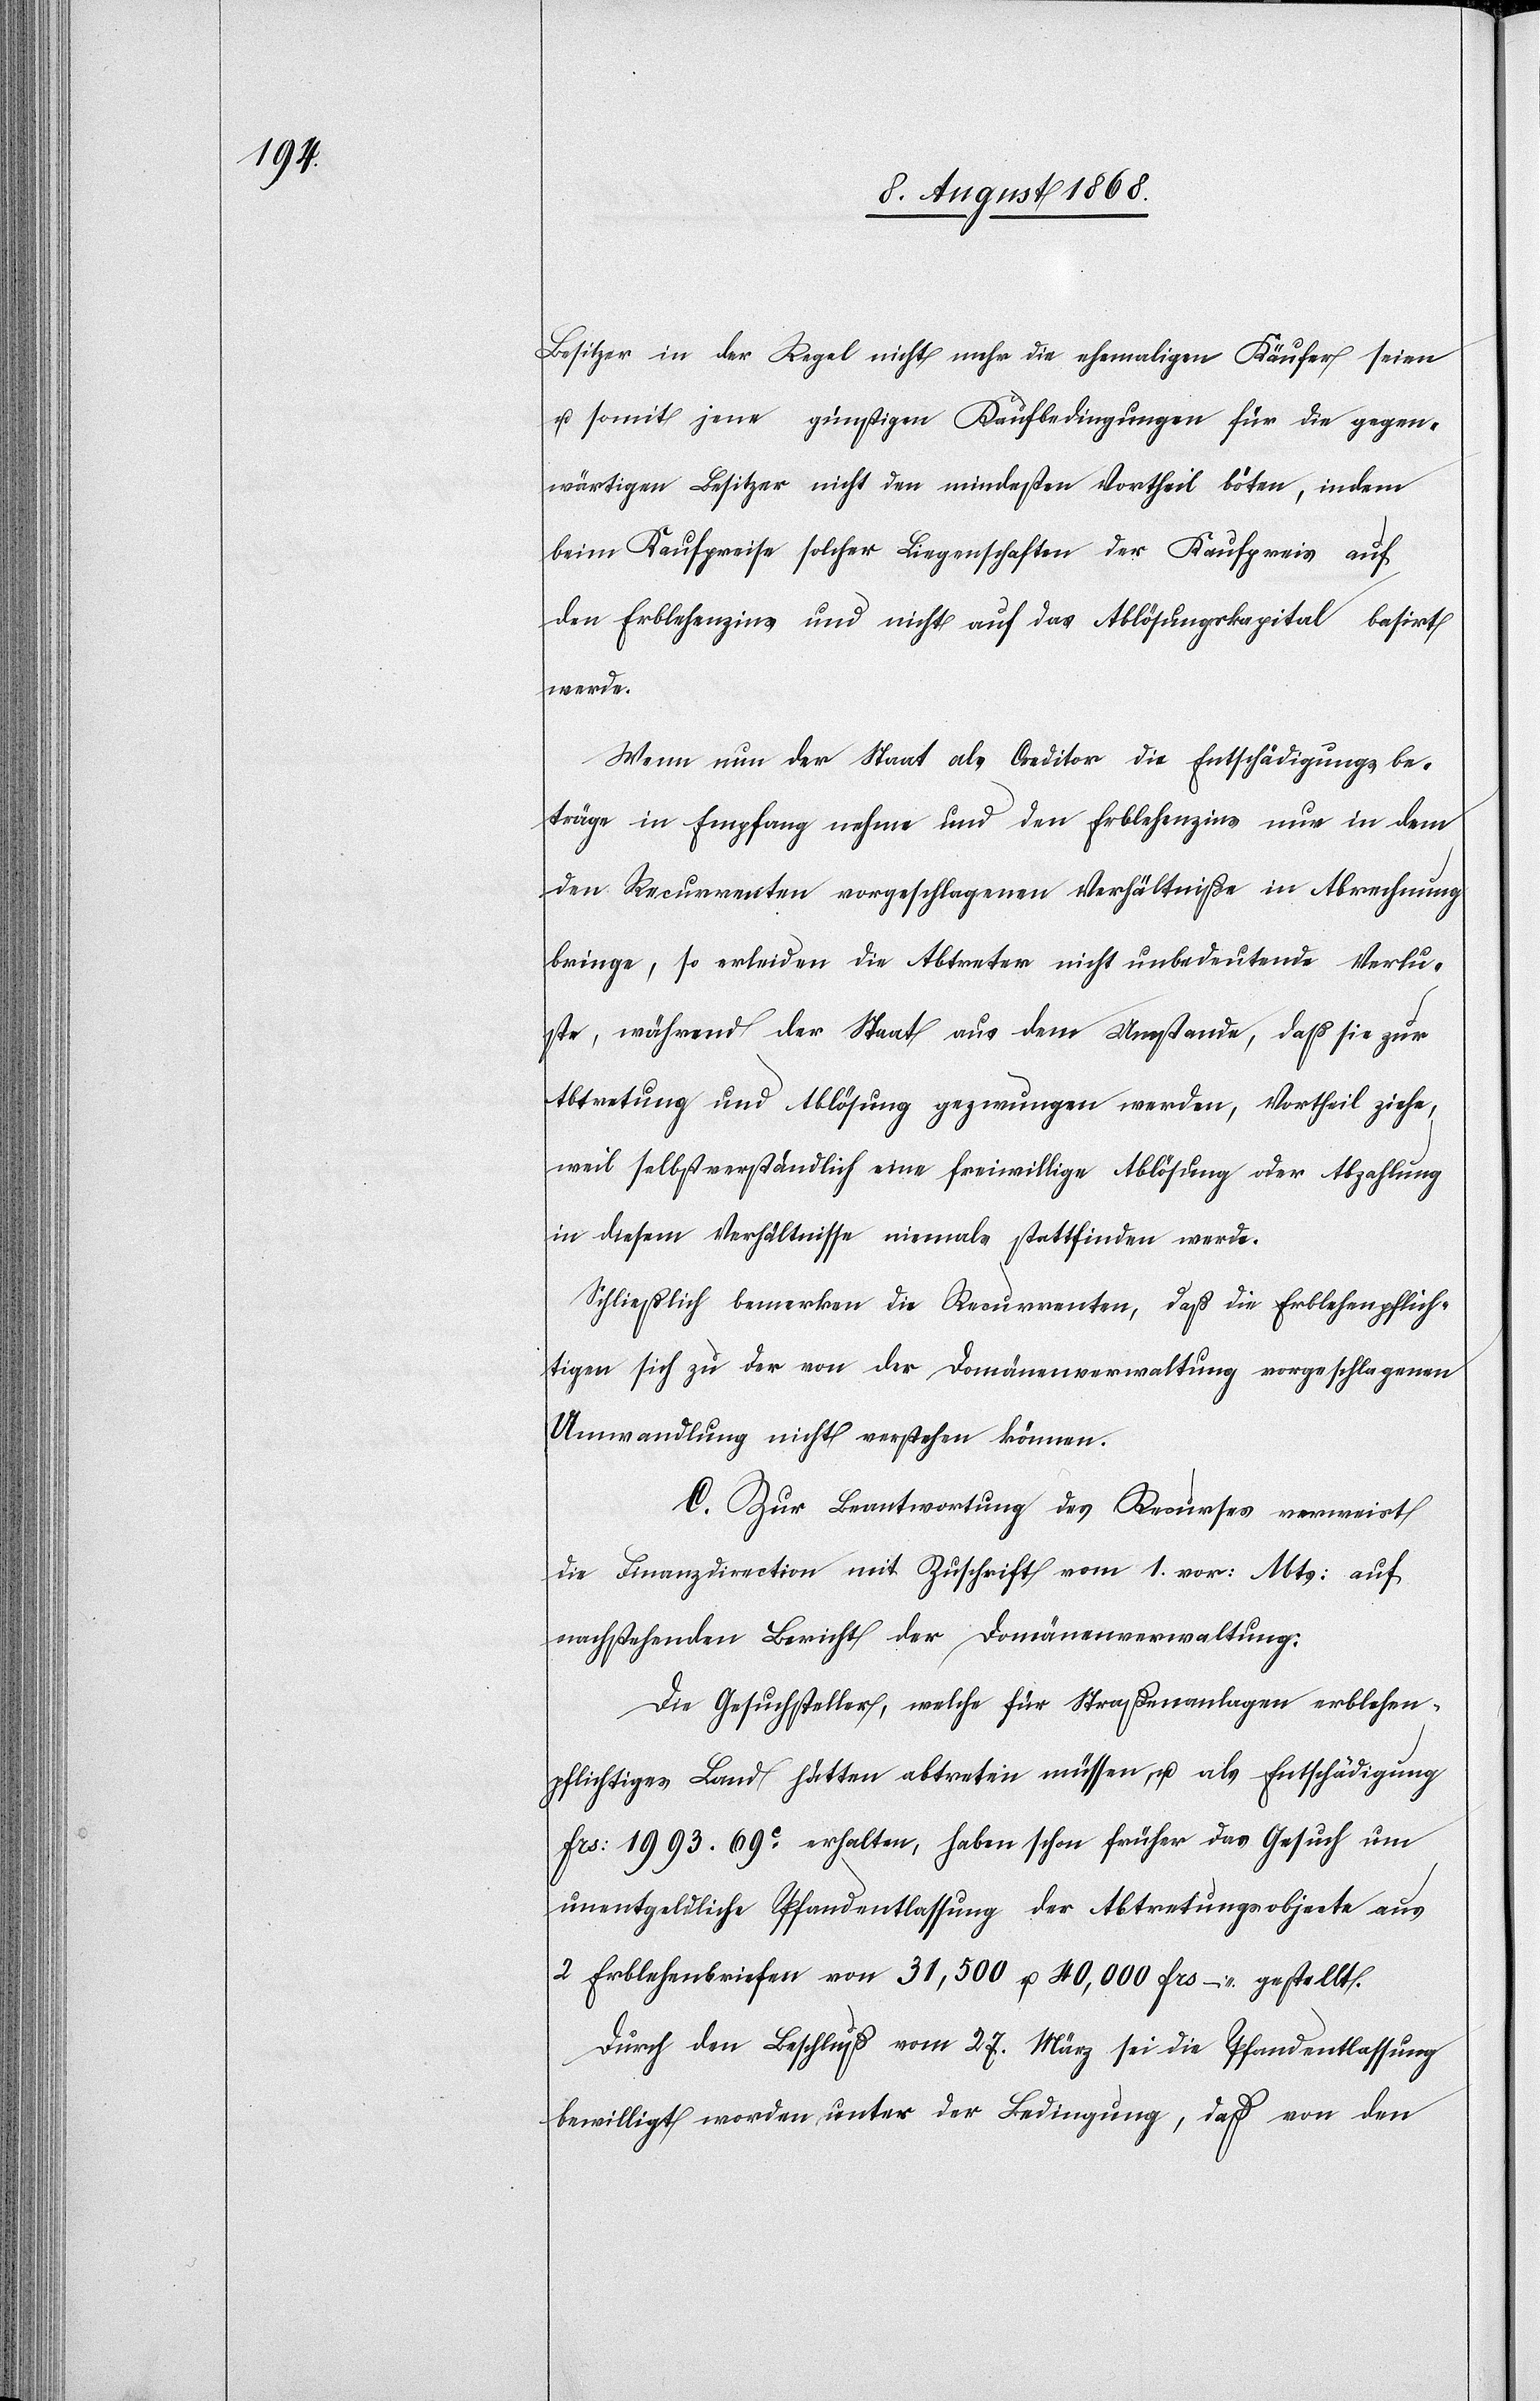
Besitzer in der Regel nicht mehr die ehemaligen Käufer seien
u. somit jene günstigen Kaufbedingungen für die gegen¬
wärtigen Besitzer nicht den mindesten Vortheil böten, indem
beim Kaufpreise solcher Liegenschaften der Kaufpreis auf
den Erblehenzins und nicht auf das Ablösungskapital basirt
werde.
Wenn nun der Staat als Creditor die Entschädigungsbe¬
träge in Empfang nehme und den Erblehenzins nur in dem
den Recurrenten vorgeschlagenen Verhältniße in Abrechnung
bringe, so erleiden die Abtreter nicht unbedeutende Verlu¬
ste, während der Staat aus dem Umstande, daß sie zur
Abtretung und Ablösung gezwungen werden, Vortheil ziehe,
weil selbstverständlich eine freiwillige Ablösung oder Abzahlung
in diesem Verhältnisse niemals stattfinden werde.
Schließlich bemerken die Recurrenten, daß die Erblehenpflich¬
tigen sich zu der von der Domänenverwaltung vorgeschlagenen
Umwandlung nicht verstehen können.
C. Zur Beantwortung des Recurses verweist
die Finanzdirection mit Zuschrift vom 1. vor: Mts: auf
nachstehenden Bericht der Domänenverwaltung:
Die Gesuchsteller, welche für Straßenanlagen erblehen¬
pflichtiges Land hätten abtreten müssen u. als Entschädigung
Frs: 1993. 69c erhalten, haben schon früher das Gesuch um
unentgeldliche Pfandentlassung der Abtretungsobjecte aus
2 Erblehenbriefen von 31,500 u. 40,000 Frs – gestellt.
Durch den Beschluß vom 27. März sei die Pfandentlassung
bewilligt worden, unter der Bedingung, daß von den